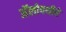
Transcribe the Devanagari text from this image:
अॅलोपथीचे